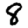
Digit: 8